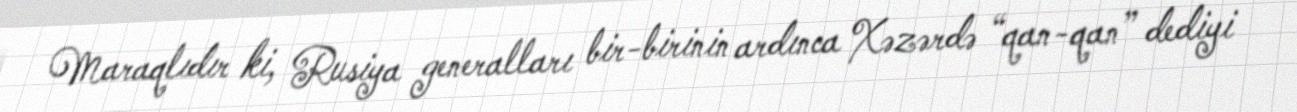
Maraqlıdır ki, Rusiya generalları bir-birinin ardınca Xəzərdə “qan-qan” dediyi